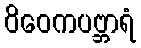
ဝိဝေကပဗ္ဘာရံ